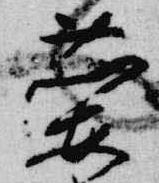
蘭